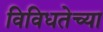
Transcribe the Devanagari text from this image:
विविधतेच्या